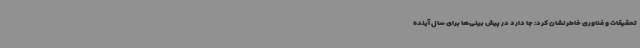
تحقیقات و فناوری خاطرنشان کرد: جا دارد در پیش بینی‌ها برای سال آینده